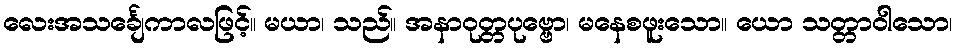
လေးအသင်္ချေကာလဖြင့်။ မယာ၊ သည်။ အနာဝုတ္တပုဗ္ဗော၊ မနေစဖူးသော။ ယော သတ္တာဝါသော၊